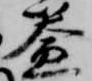
益